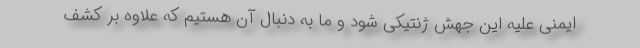
ایمنی علیه این جهش ژنتیکی شود و ما به دنبال آن هستیم که علاوه بر کشف